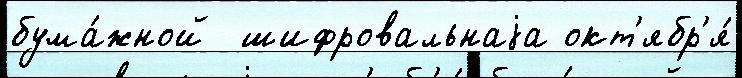
бума́жной  шифровальнаjа окт'ябр'я́